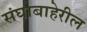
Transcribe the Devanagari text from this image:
संघाबाहेरील